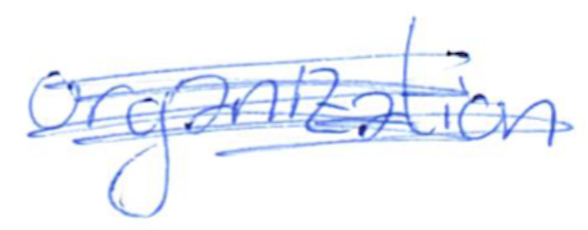
Text: organization
Cross-out: scratch
Writing tool: ballpoint